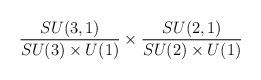
LaTeX: \begin{align*}\frac {SU(3,1)} {SU(3)\times U(1)}\times \frac {SU(2,1)}{SU(2)\times U(1)}\end{align*}